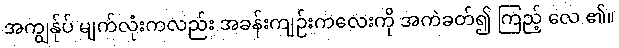
အကျွန်ုပ် မျက်လုံးကလည်း အခန်းကျဉ်းကလေးကို အကဲခတ်၍ ကြည့် လေ ၏။